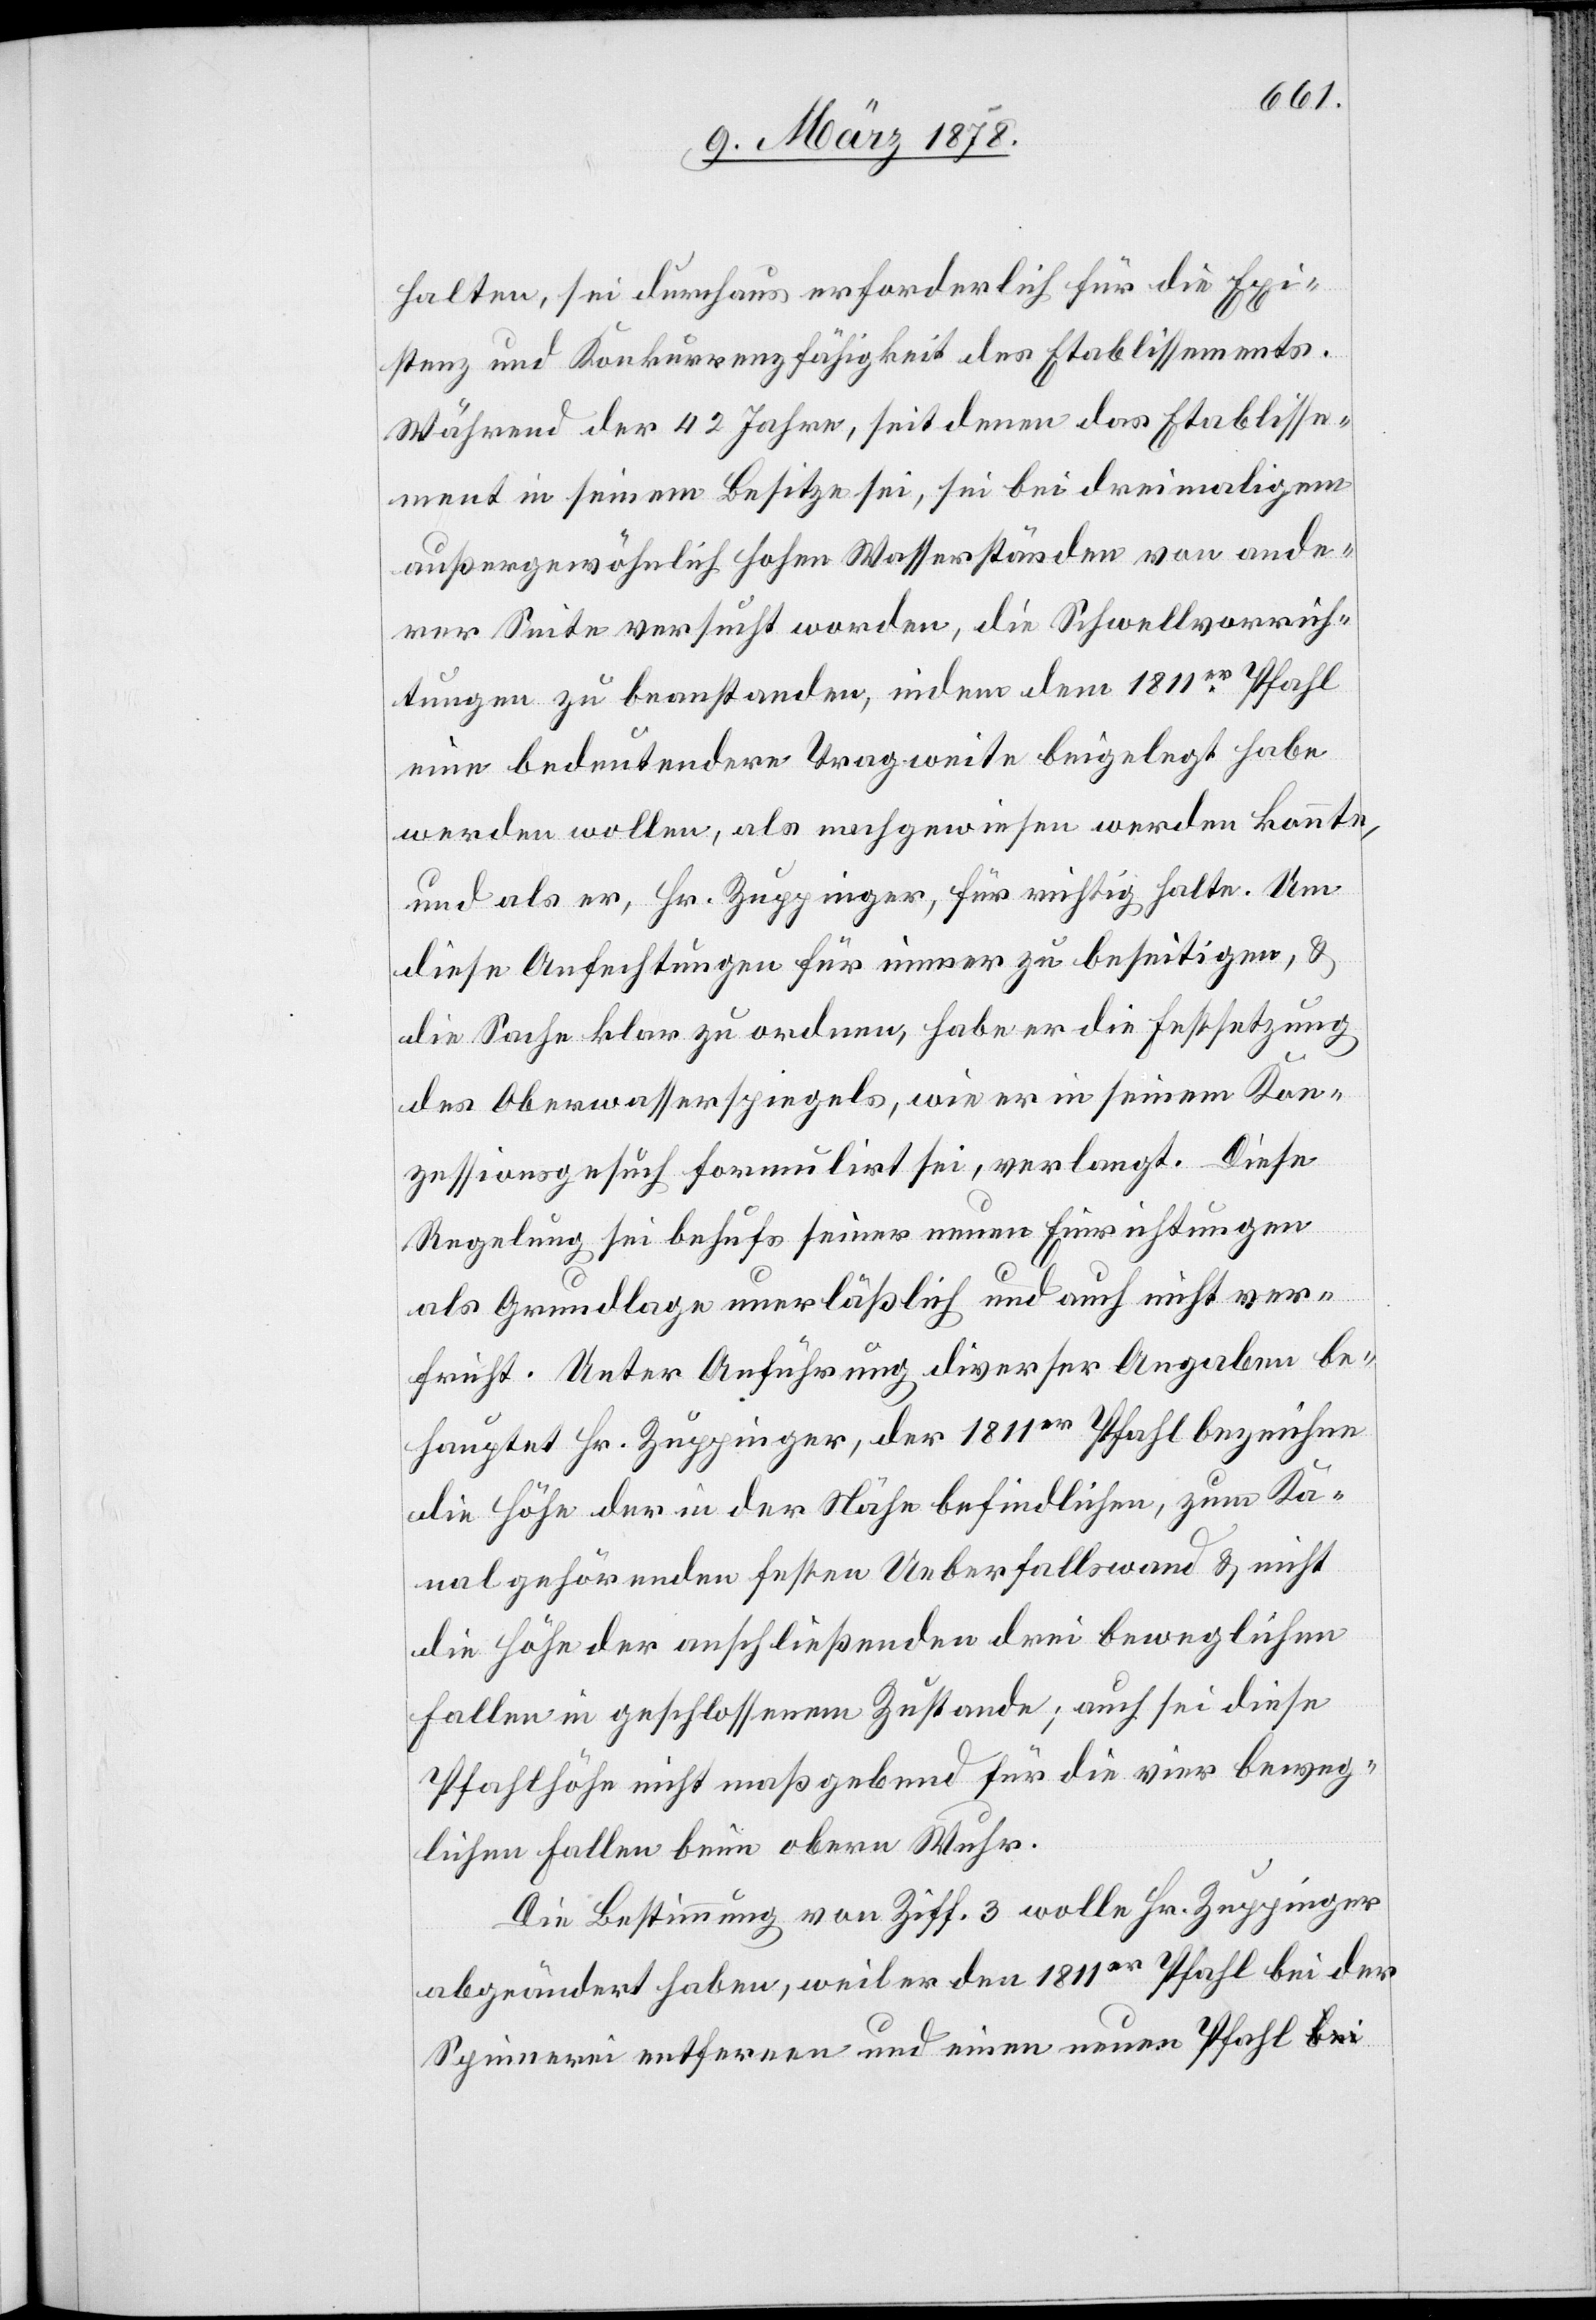
halten, sei durchaus erforderlich für die Exi¬
stenz und Konkurrenzfähigkeit des Etablissements.
Während der 42 Jahre, seit denen das Etablisse¬
ment in seinem Besitze sei, sei bei dreimaligen
außergewöhnlich hohen Wasserständen von ande¬
rer Seite versucht worden, die Schwellvorrich¬
tungen zu beanstanden, indem dem 1811er Pfahl
eine bedeutendere Tragweite beigelegt habe
werden wollen, als nachgewiesen werden konnte,
und als er, Hr. Zuppinger, für richtig halte. Um
diese Anfechtungen für immer zu beseitigen, &
die Sache klar zu ordnen, habe er die Festsetzung
des Oberwasserspiegels, wie er in seinem Kon¬
zessionsgesuch formulirt sei, verlangt. Diese
Regelung sei behufs seiner neuen Einrichtungen
als Grundlage unerlässlich und auch nicht ver¬
früht. Unter Anführung dieser Angaben be¬
hauptet Hr. Zuppinger, der 1811er Pfahl bezeichne
die Höhe der in der Nähe befindlichen, zum Ka¬
nal gehörenden festen Ueberfallswand & nicht
die Höhe der anschließenden drei beweglichen
Fallen in geschlossenem Zustande, auch sei diese
Pfahlhöhe nicht maßgebend für die vier beweg¬
lichen Fallen beim obern Wuhr.
Die Bestimmung von Ziff. 3 wolle Hr. Zuppinger
abgeändert haben, weil er den 1811er Pfahl bei der
Spinnerei entfernen und einen neuen Pfahl a-bei